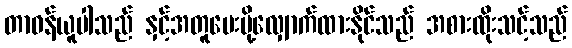
တာဝန်ယူပါသည် နှင့်အတူပေးပို့လျှောက်ထားနိုင်သည် အစားထိုးသင့်သည်